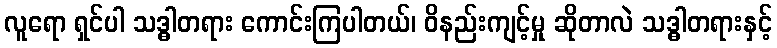
လူရော ရှင်ပါ သဒ္ဓါတရား ကောင်းကြပါတယ်၊ ဝိနည်းကျင့်မှု ဆိုတာလဲ သဒ္ဓါတရားနှင့်